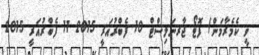
ވީ ކެމެރާމަން/ ފޮޓޯ ޖާރނަލިސްޓް 10 ފެބްރުއަރީ 2015 11 ފެބްރުއަރީ 2015